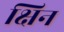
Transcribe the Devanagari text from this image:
क्षिन